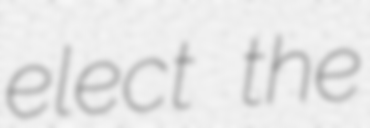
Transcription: elect the